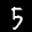
Label: 5